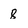
Character: 8